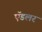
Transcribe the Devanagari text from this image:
ऍडलर